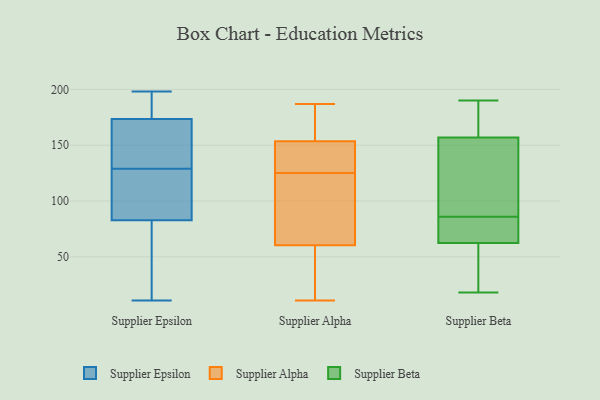
{"axis": {"x": "Latency (ms)", "y": "Value"}, "legend": ["Supplier Alpha", "Supplier Beta", "Supplier Epsilon"], "data": [{"x": "", "y": 73, "type": "Supplier Epsilon"}, {"x": "", "y": 127, "type": "Supplier Epsilon"}, {"x": "", "y": 185, "type": "Supplier Epsilon"}, {"x": "", "y": 198, "type": "Supplier Epsilon"}, {"x": "", "y": 139, "type": "Supplier Epsilon"}, {"x": "", "y": 11, "type": "Supplier Epsilon"}, {"x": "", "y": 194, "type": "Supplier Epsilon"}, {"x": "", "y": 133, "type": "Supplier Epsilon"}, {"x": "", "y": 129, "type": "Supplier Epsilon"}, {"x": "", "y": 41, "type": "Supplier Epsilon"}, {"x": "", "y": 112, "type": "Supplier Epsilon"}, {"x": "", "y": 11, "type": "Supplier Alpha"}, {"x": "", "y": 51, "type": "Supplier Alpha"}, {"x": "", "y": 15, "type": "Supplier Alpha"}, {"x": "", "y": 134, "type": "Supplier Alpha"}, {"x": "", "y": 126, "type": "Supplier Alpha"}, {"x": "", "y": 141, "type": "Supplier Alpha"}, {"x": "", "y": 26, "type": "Supplier Alpha"}, {"x": "", "y": 164, "type": "Supplier Alpha"}, {"x": "", "y": 181, "type": "Supplier Alpha"}, {"x": "", "y": 187, "type": "Supplier Alpha"}, {"x": "", "y": 142, "type": "Supplier Alpha"}, {"x": "", "y": 124, "type": "Supplier Alpha"}, {"x": "", "y": 101, "type": "Supplier Alpha"}, {"x": "", "y": 24, "type": "Supplier Alpha"}, {"x": "", "y": 154, "type": "Supplier Alpha"}, {"x": "", "y": 105, "type": "Supplier Alpha"}, {"x": "", "y": 70, "type": "Supplier Alpha"}, {"x": "", "y": 80, "type": "Supplier Alpha"}, {"x": "", "y": 163, "type": "Supplier Alpha"}, {"x": "", "y": 153, "type": "Supplier Alpha"}, {"x": "", "y": 187, "type": "Supplier Beta"}, {"x": "", "y": 190, "type": "Supplier Beta"}, {"x": "", "y": 186, "type": "Supplier Beta"}, {"x": "", "y": 189, "type": "Supplier Beta"}, {"x": "", "y": 63, "type": "Supplier Beta"}, {"x": "", "y": 36, "type": "Supplier Beta"}, {"x": "", "y": 174, "type": "Supplier Beta"}, {"x": "", "y": 140, "type": "Supplier Beta"}, {"x": "", "y": 79, "type": "Supplier Beta"}, {"x": "", "y": 138, "type": "Supplier Beta"}, {"x": "", "y": 62, "type": "Supplier Beta"}, {"x": "", "y": 32, "type": "Supplier Beta"}, {"x": "", "y": 18, "type": "Supplier Beta"}, {"x": "", "y": 84, "type": "Supplier Beta"}, {"x": "", "y": 49, "type": "Supplier Beta"}, {"x": "", "y": 78, "type": "Supplier Beta"}, {"x": "", "y": 88, "type": "Supplier Beta"}, {"x": "", "y": 139, "type": "Supplier Beta"}, {"x": "", "y": 110, "type": "Supplier Beta"}, {"x": "", "y": 80, "type": "Supplier Beta"}]}